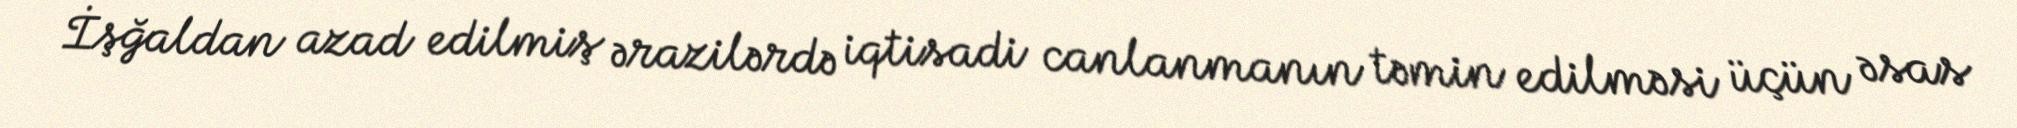
İşğaldan azad edilmiş ərazilərdə iqtisadi canlanmanın təmin edilməsi üçün əsas